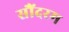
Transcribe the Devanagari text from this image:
सौंदरम